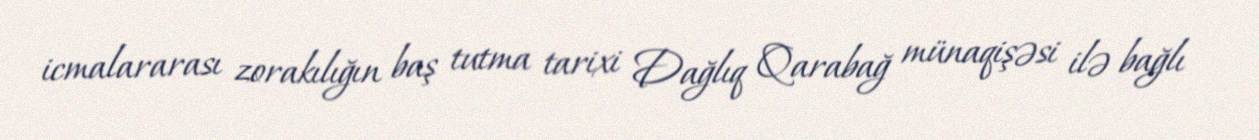
icmalararası zorakılığın baş tutma tarixi Dağlıq Qarabağ münaqişəsi ilə bağlı